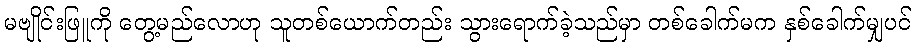
မဗျိုင်းဖြူကို တွေ့မည်လောဟု သူတစ်ယောက်တည်း သွားရောက်ခဲ့သည်မှာ တစ်ခေါက်မက နှစ်ခေါက်မျှပင်